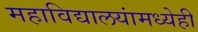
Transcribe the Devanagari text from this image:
महाविद्यालयांमध्येही